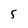
Character: 5